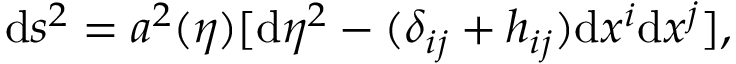
\mathrm { d } s ^ { 2 } = a ^ { 2 } ( \eta ) [ \mathrm { d } \eta ^ { 2 } - ( \delta _ { i j } + h _ { i j } ) \mathrm { d } x ^ { i } \mathrm { d } x ^ { j } ] ,